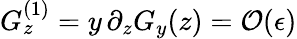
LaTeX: G_{z}^{(1)}=y\, \partial_{z}G_{y}(z)={\cal O}(\epsilon)